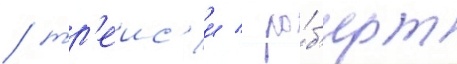
/ тр'еис'и / ро́б'ерт